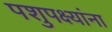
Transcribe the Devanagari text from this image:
पशुपक्ष्यांना